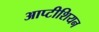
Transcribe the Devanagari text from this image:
आप्टीशियन